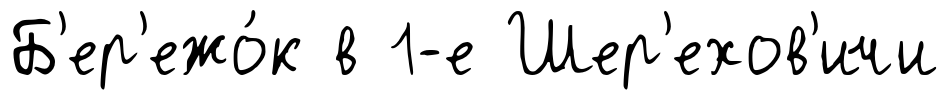
Б'ер'ежо́к в 1-е Шер'ехов'ичи